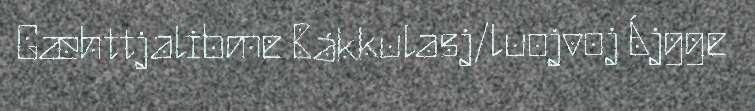
Gæhttjalibme Bákkulasj/luojvoj Ájgge